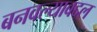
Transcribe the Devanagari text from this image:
बनवल्याबद्दल